Senior Leaving Certificate Examination (including Day School Certificate (Higher) General paper), 1950
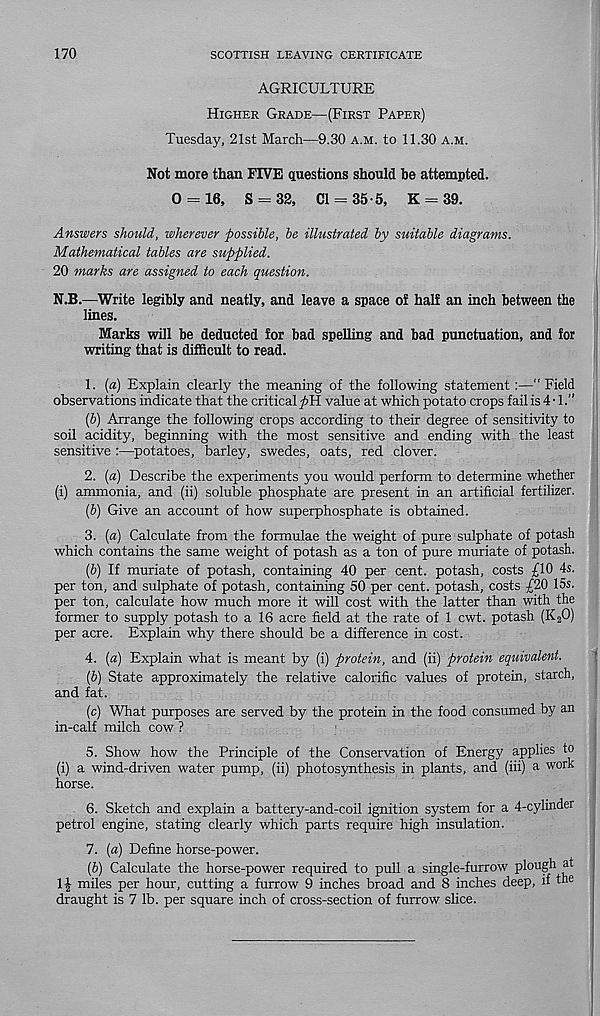
170
SCOTTISH LEAVING CERTIFICATE
AGRICULTURE
Higher Grade—(First Paper)
Tuesday, 21st March—9.30 a.m. to 11.30 a.m.
Not more than FIVE questions should be attempted.
0 — 16, S = 32, Cl = 35-5, K = 39.
Answers should, wherever possible, be illustrated by suitable diagrams.
Mathematical tables are supplied.
20 marks are assigned to each question.
N.B.—Write legibly and neatly, and leave a space of half an inch between the
lines.
Marks will be deducted for bad spelling and bad punctuation, and for
writing that is difficult to read.
1. [a) Explain clearly the meaning of the following statement:—“ Field
observations indicate that the critical
value at which potato crops fail is 4 • 1."
(b) Arrange the following crops according to their degree of sensitivity to
soil acidity, beginning with the most sensitive and ending with the least
sensitive :—^potatoes, barley, swedes, oats, red clover.
2. (a) Describe the experiments you would perform to determine whether
(i) ammonia, and (ii) soluble phosphate are present in an artificial fertilizer.
(b) Give an account of how superphosphate is obtained.
3. (a) Calculate from the formulae the weight of pure sulphate of potash
which contains the same weight of potash as a ton of pure muriate of potash.
(b) If muriate of potash, containing 40 per cent, potash, costs £10 4s.
per ton, and sulphate of potash, containing 50 per cent, potash, costs £20 15s.
per ton, calculate how much more it will cost with the latter than with the
former to supply potash to a 16 acre field at the rate of 1 cwt. potash (K 2 0)
per acre. Explain why there should be a difference in cost.
4. (a) Explain what is meant by (i) protein, and (ii) protein equivalent.
(b) State approximately the relative calorific values of protein, starch,
and fat.
(c) What purposes are served by the protein in the food consumed by an
in-calf milch cow ?
5. Show how the Principle of the Conservation of Energy applies to
(i) a wind-driven water pump, (ii) photosynthesis in plants, and (iii) a work
horse.
6. Sketch and explain a battery-and-coil ignition system for a 4-cylinder
petrol engine, stating clearly which parts require high insulation.
7. (a) Define horse-power.
(b) Calculate the horse-power required to pull a single-furrow plough at
1£ miles per hour, cutting a furrow 9 inches broad and 8 inches deep, if the
draught is 7 lb. per square inch of cross-section of furrow slice.